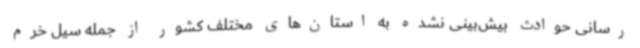
رسانی حوادث بیش‌بینی نشده به استان‌های مختلف کشور از جمله سیل خرم